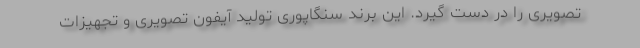
تصویری را در دست گیرد. این برند سنگاپوری تولید آیفون تصویری و تجهیزات